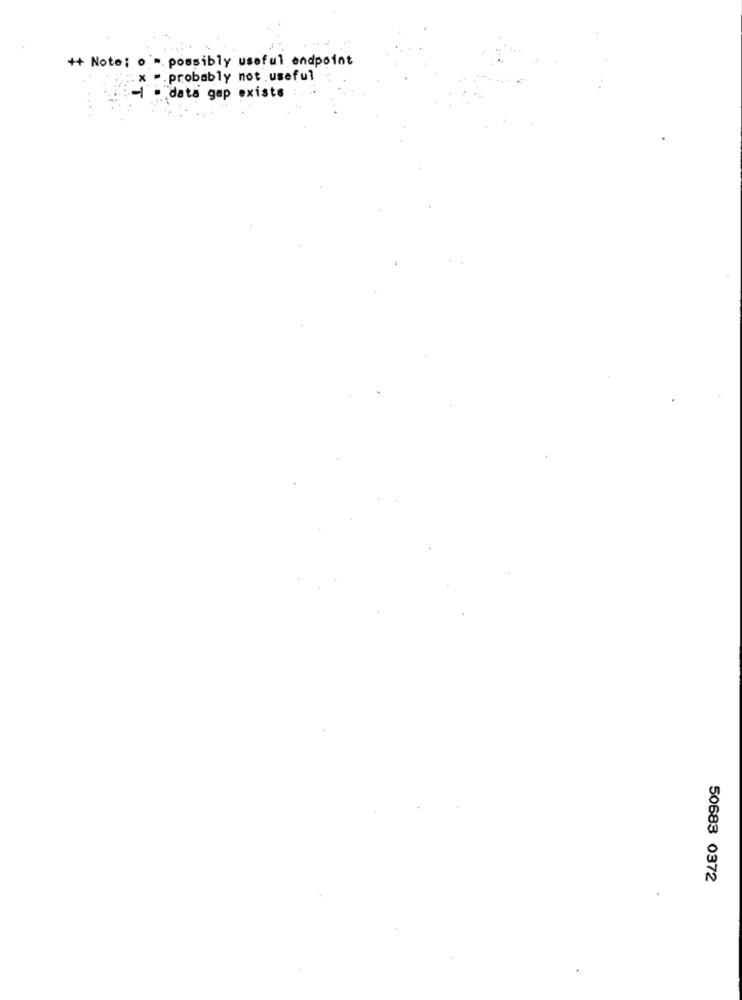
++ Note: om. possibly useful endpoint
. x . probably not .useful
-1 - data gap existe
50683 0372